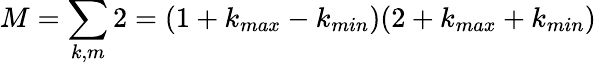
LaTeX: M=\sum_{k,m}2=(1+k_{max}-k_{min})(2+k_{max}+k_{min})